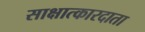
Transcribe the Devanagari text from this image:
साक्षात्कारदाता